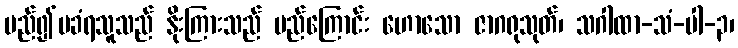
မည်၍မခံရသူသည် နိုးကြားသည် မည်ကြောင်း ဟောသော ဇာဂရုသုတ်၊ သဂါထာ-သံ-ပါ-၃၊